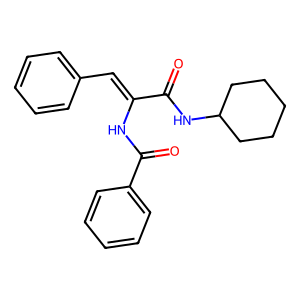
SMILES: O=C(NC1CCCCC1)C(=Cc1ccccc1)NC(=O)c1ccccc1
Inhibits HIV replication: No